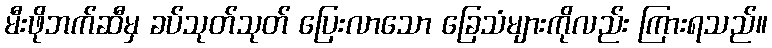
မီးဖိုဘက်ဆီမှ ခပ်သုတ်သုတ် ပြေးလာသော ခြေသံများကိုလည်း ကြားရသည်။